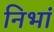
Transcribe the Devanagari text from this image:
निभां